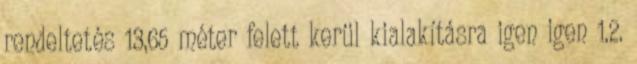
rendeltetés 13,65 méter felett kerül kialakításra igen igen 1.2.